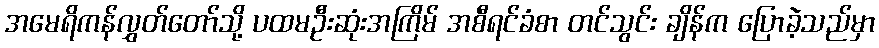
အမေရိကန်လွှတ်တော်သို့ ပထမဦးဆုံးအကြိမ် အစီရင်ခံစာ တင်သွင်း ချိန်က ပြောခဲ့သည်မှာ